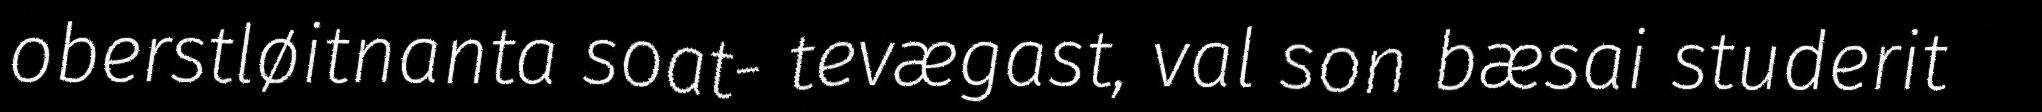
oberstløitnanta soat- tevægast, val son bæsai studerit